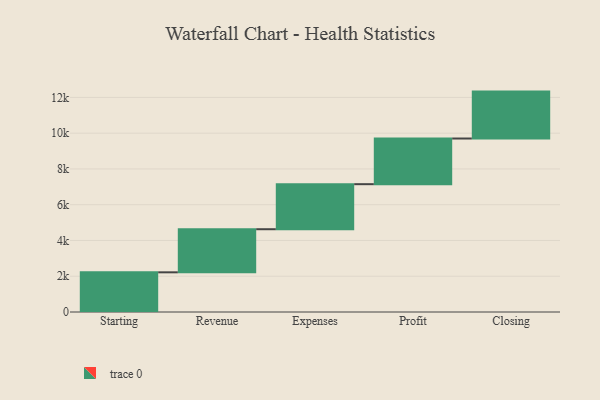
{"axis": {"x": "Step", "y": "Value"}, "legend": [""], "data": [{"x": "Starting", "y": 2219.0, "type": ""}, {"x": "Revenue", "y": 2410.0, "type": ""}, {"x": "Expenses", "y": 2519.0, "type": ""}, {"x": "Profit", "y": 2554.0, "type": ""}, {"x": "Closing", "y": 2623.0, "type": ""}]}